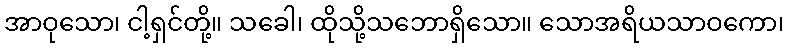
အာဝုသော၊ ငါ့ရှင်တို့။ သခေါ၊ ထိုသို့သဘောရှိသော။ သောအရိယသာဝကော၊